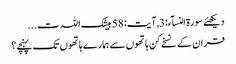
دیکھئے سورۃ النسآء:3 , آیت:58 بیشک اللہ ت...
قران کے نسخے کن ہاتھوں سے ہمارے ہاتھوں تک پہنچے؟